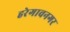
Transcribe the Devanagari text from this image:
हरेगावनगर